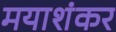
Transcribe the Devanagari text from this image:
मयाशंकर